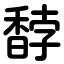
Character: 馞